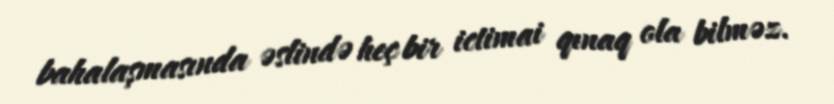
bahalaşmasında əslində heç bir ictimai qınaq ola bilməz.